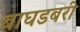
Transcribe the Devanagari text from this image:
बाघडबरी